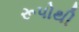
રૂપોથી